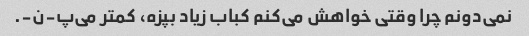
نمی‌دونم چرا وقتی خواهش می‌کنم کباب زیاد بپزه، کمتر می‌پ-ن-.